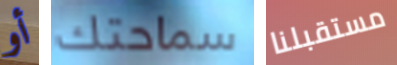
أو سماحتك مستقبلنا